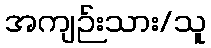
အကျဉ်းသား/သူ